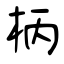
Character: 柄